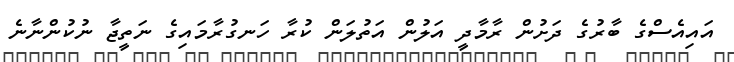
އައިއެސްގެ ބާރުގެ ދަށުން ރާމާދީ އަލުން އަތުލަން ކުރާ ހަނގުރާމައިގެ ނަތީޖާ ނުކުންނާނެ